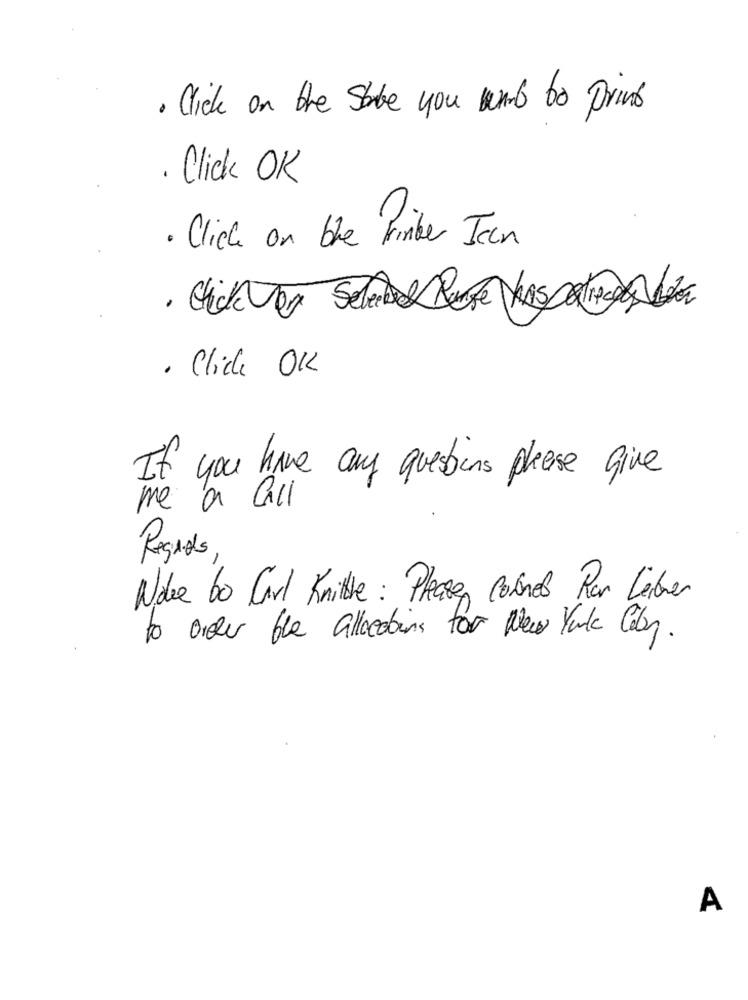
. Click on the Sabe you want to prins
. Click OK
· Click on the Pinker Ican
· Chick Vor Selected Burge Thespatialde
. Click OK
If you have any questions please give
me a Call
Regards
Wake bo Carl Knitte : Please cornet Por Lebrer
to order the allocating for New York Color.
A